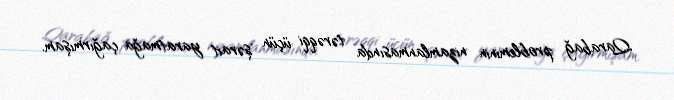
Qarabağ probleminin nizamlanmasında tərəqqi üçün şərait yaratmağa çağırmışam.